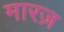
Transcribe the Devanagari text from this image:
मारज़